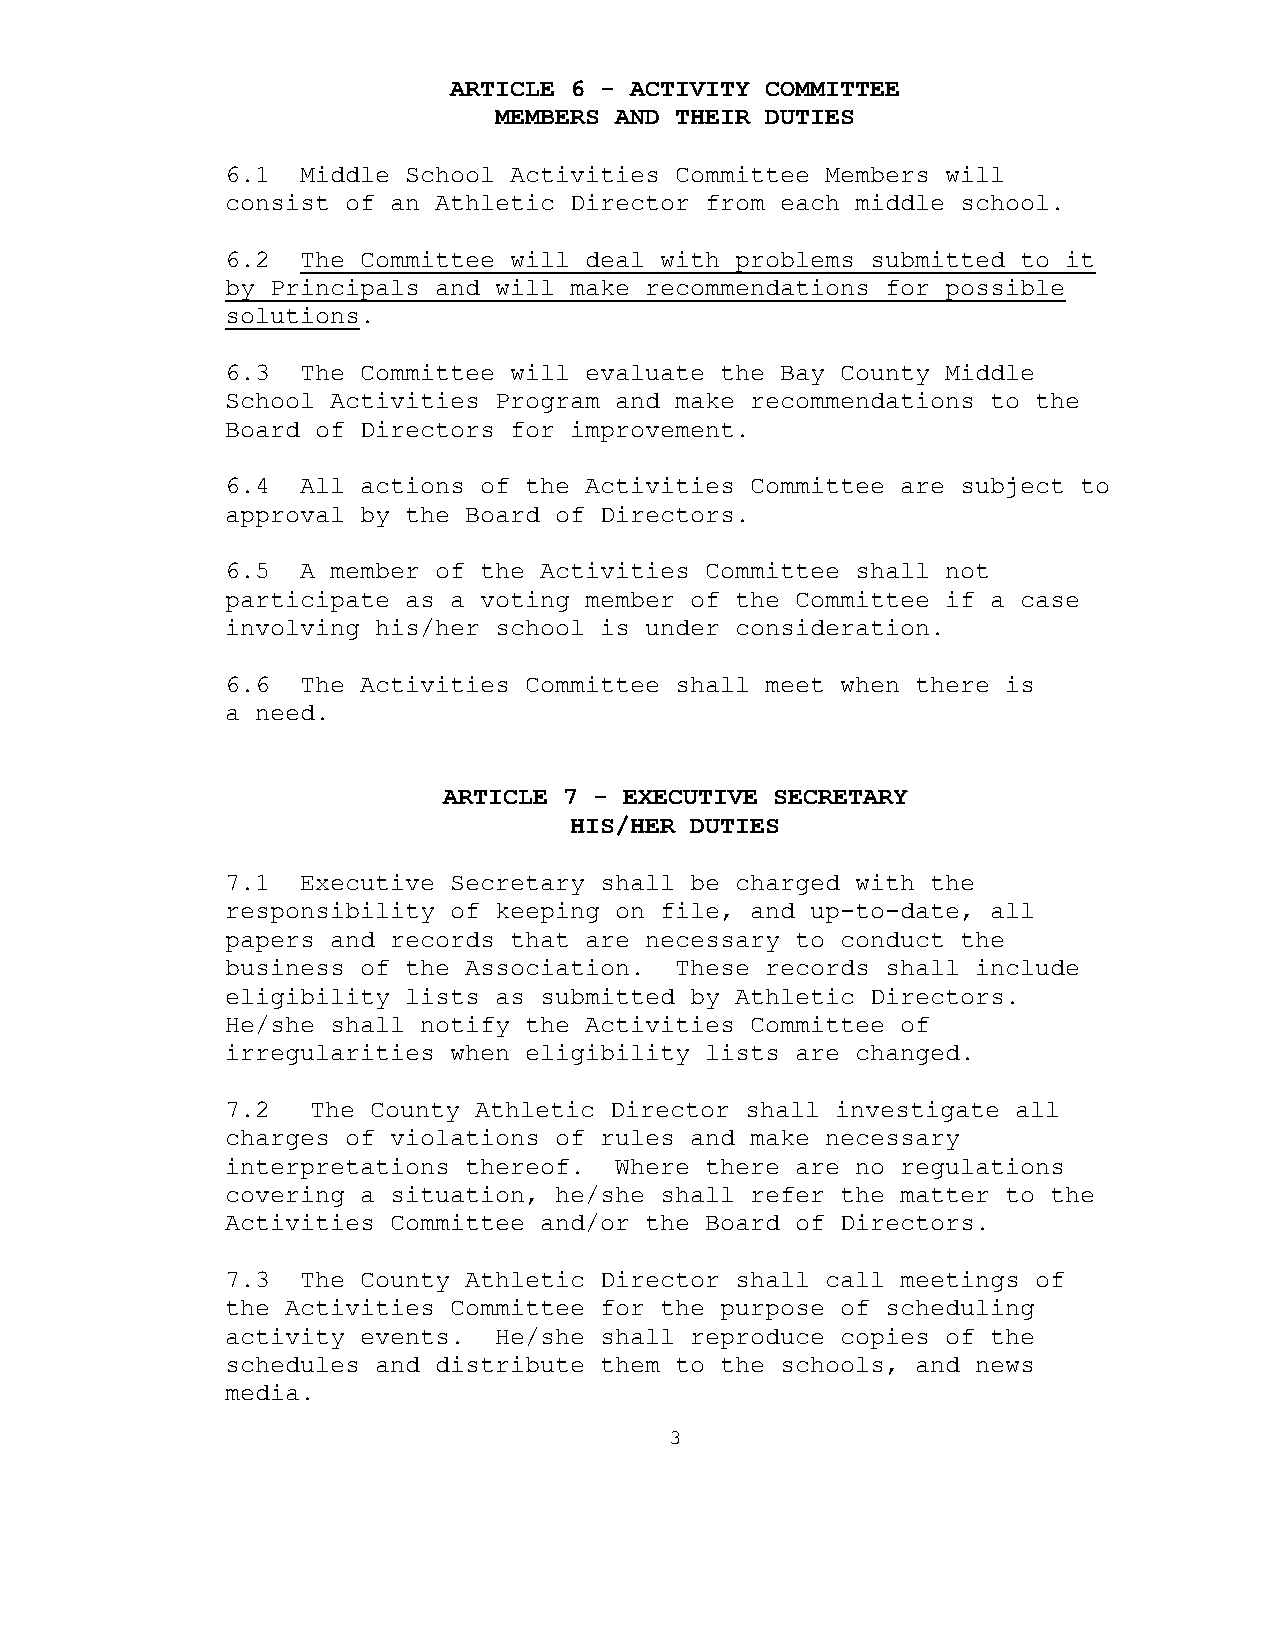
ARTICLE 6 - ACTIVITY COMMITTEE
 MEMBERS AND THEIR DUTIES
 6.1  Middle School Activities Committee Members will
 consist of an Athletic Director from each middle school.
 6.2  The Committee will deal with problems submitted to it
 by Principals and will make recommendations for possible
 solutions.
 6.3  The Committee will evaluate the Bay County Middle
 School Activities Program and make recommendations to the
 Board of Directors for improvement.
 6.4  All actions of the Activities Committee are subject to
 approval by the Board of Directors.
 6.5  A member of the Activities Committee shall not
 participate as a voting member of the Committee if a case
 involving his/her school is under consideration.
 6.6  The Activities Committee shall meet when there is
 a need.
 ARTICLE 7 - EXECUTIVE SECRETARY
 HIS/HER DUTIES
 7.1  Executive Secretary shall be charged with the
 responsibility of keeping on file, and up-to-date, all
 papers and records that are necessary to conduct the
 business of the Association.  These records shall include
 eligibility lists as submitted by Athletic Directors.
 He/she shall notify the Activities Committee of
 irregularities when eligibility lists are changed.
 7.2  The County Athletic Director shall investigate all
 charges of violations of rules and make necessary
 interpretations thereof.  Where there are no regulations
 covering a situation, he/she shall refer the matter to the
 Activities Committee and/or the Board of Directors.
 7.3  The County Athletic Director shall call meetings of
 the Activities Committee for the purpose of scheduling
 activity events.  He/she shall reproduce copies of the
 schedules and distribute them to the schools, and news
 media.
 3